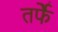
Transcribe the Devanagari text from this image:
तर्फेे